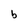
Character: b